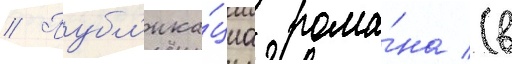
// Публ'ика́циа рома́на (в